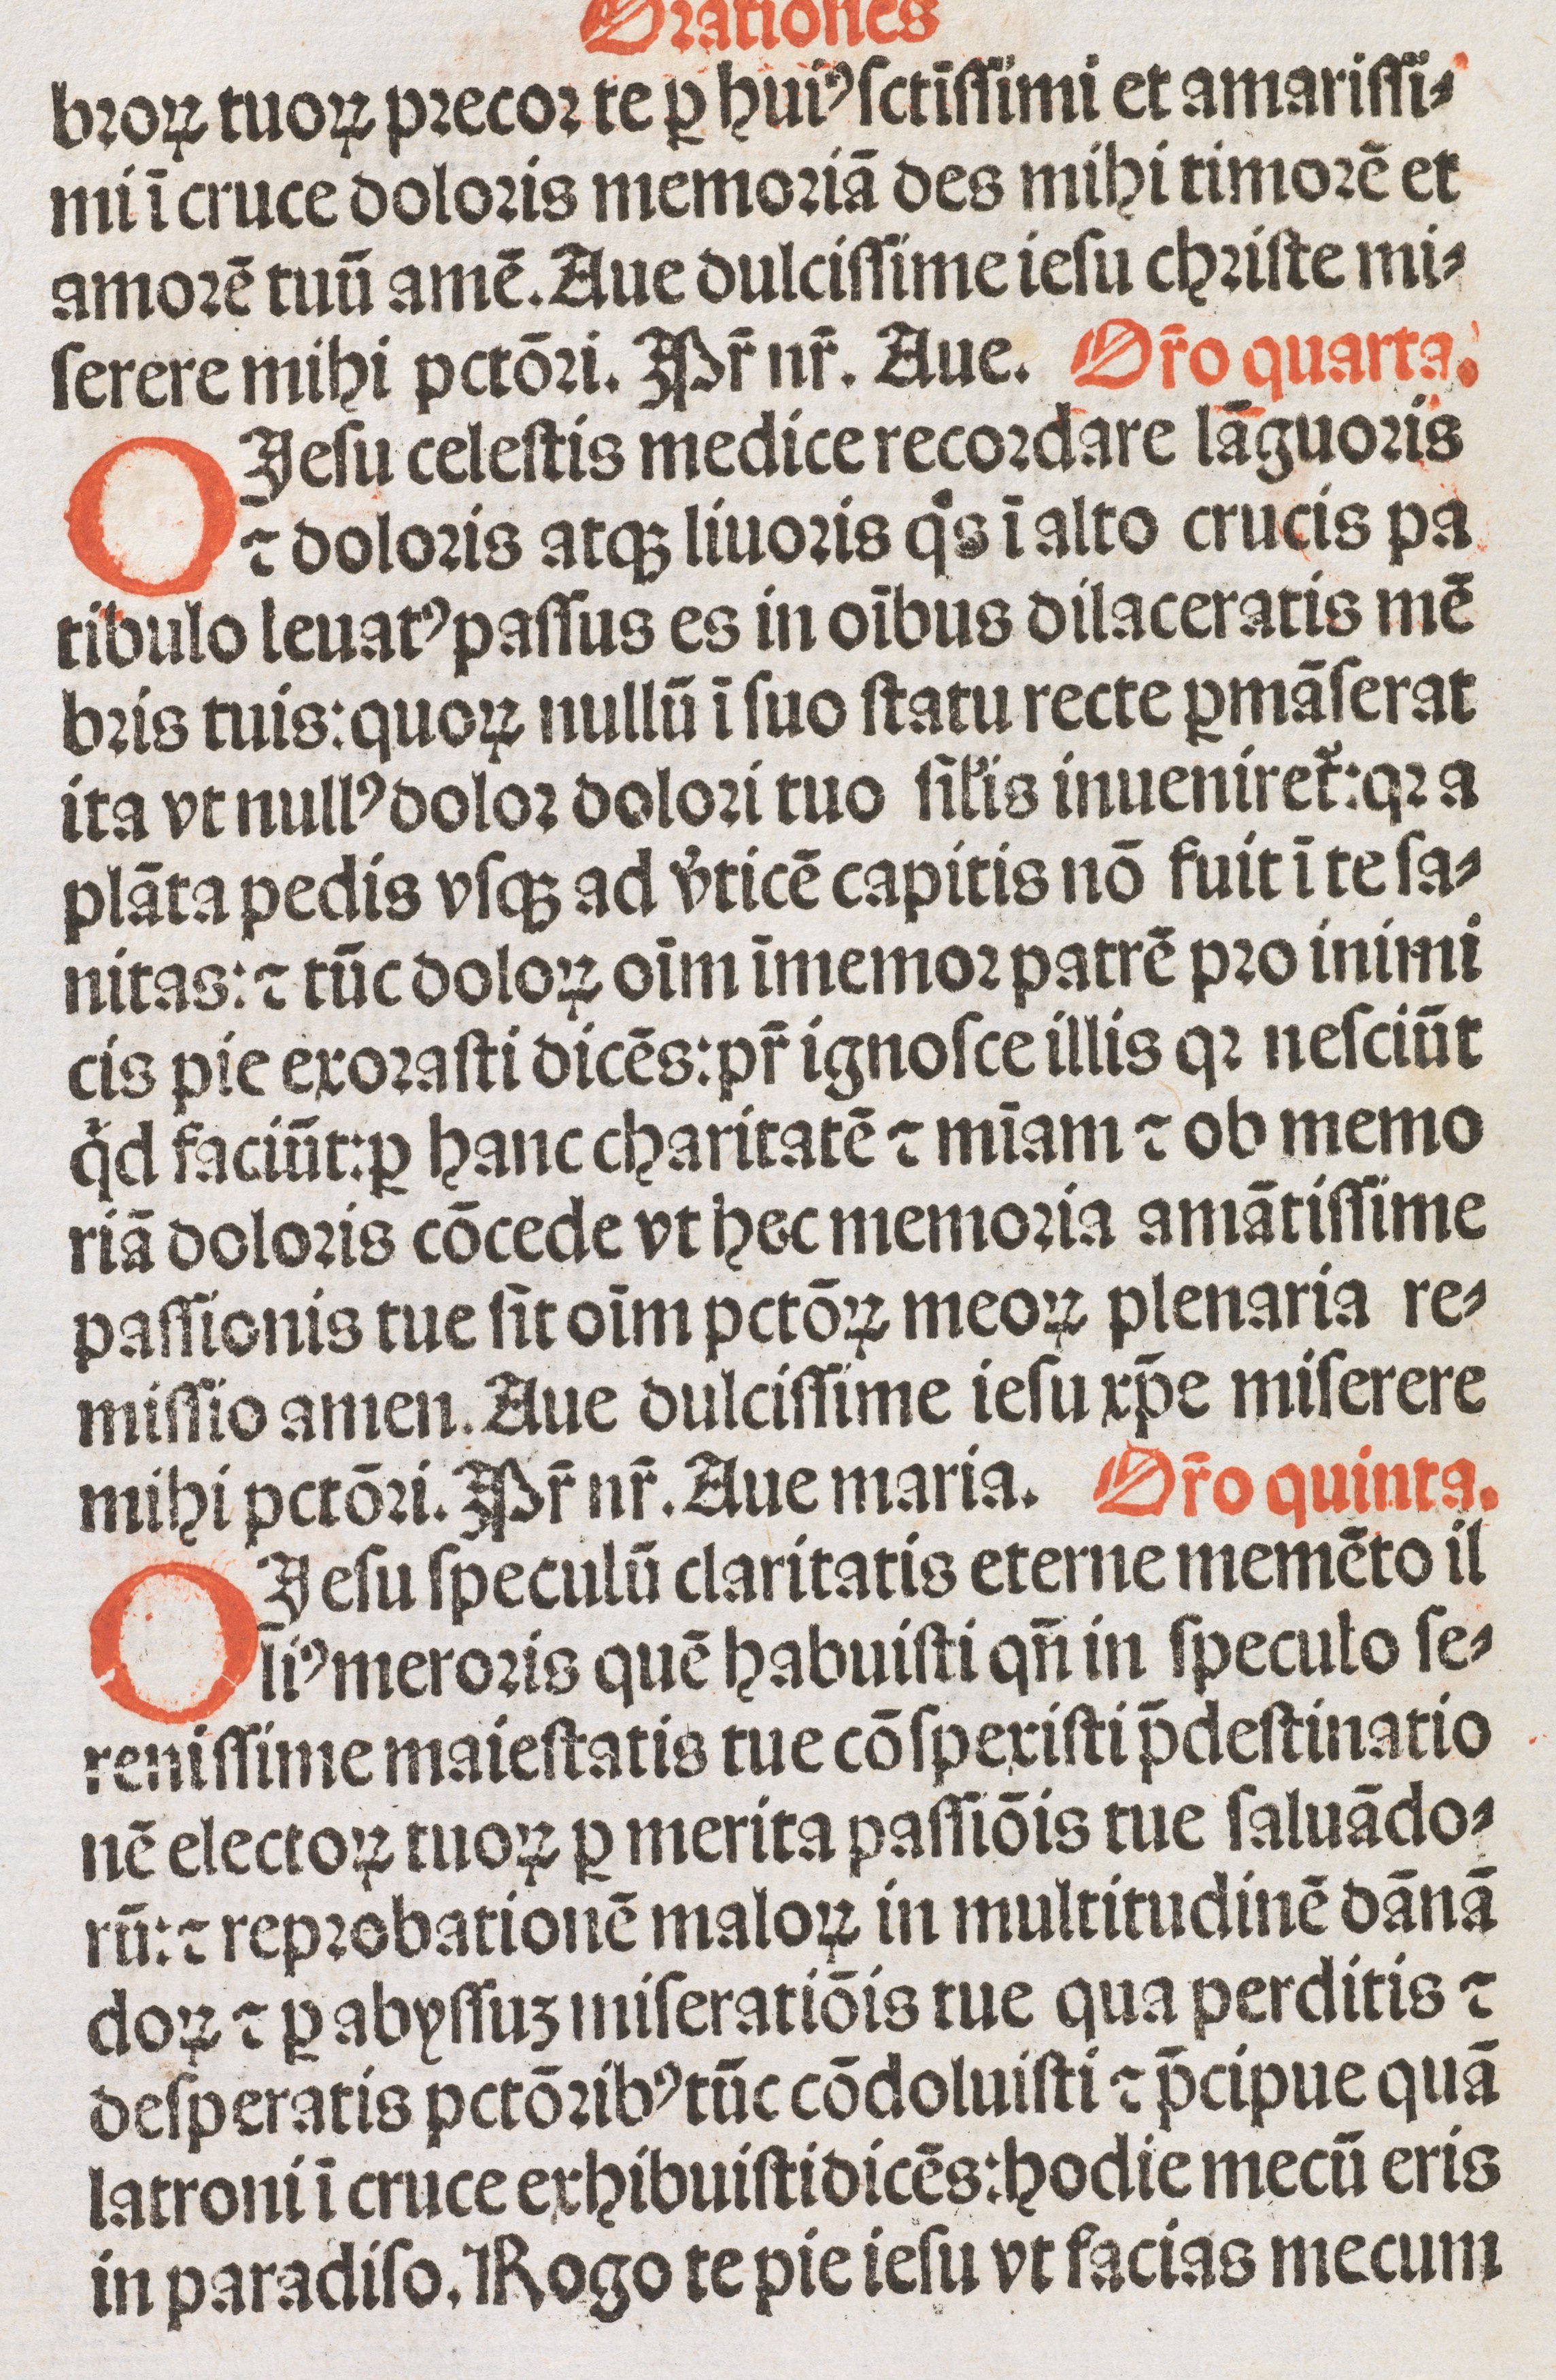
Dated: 1500–1524